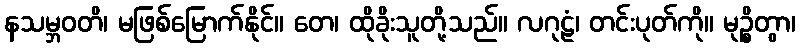
နသမ္ဘဝတိ၊ မဖြစ်မြောက်နိုင်။ တေ၊ ထိုခိုးသူတို့သည်။ လဂုဠံ၊ တင်းပုတ်ကို။ မုဉ္စိတွာ၊